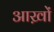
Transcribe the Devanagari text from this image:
आख़ों